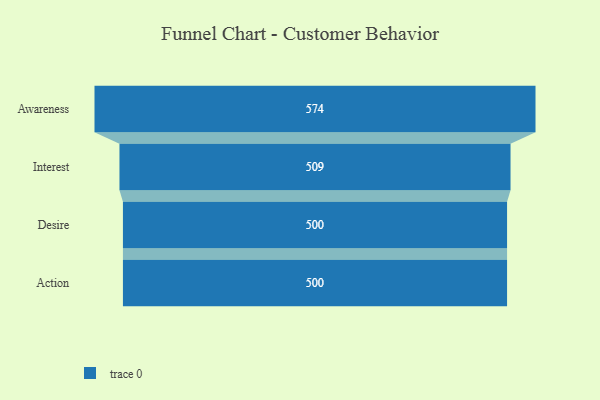
{"axis": {"x": "Stage", "y": "Value"}, "legend": [""], "data": [{"x": "Awareness", "y": 574.0, "type": ""}, {"x": "Interest", "y": 509.0, "type": ""}, {"x": "Desire", "y": 500, "type": ""}, {"x": "Action", "y": 500, "type": ""}]}